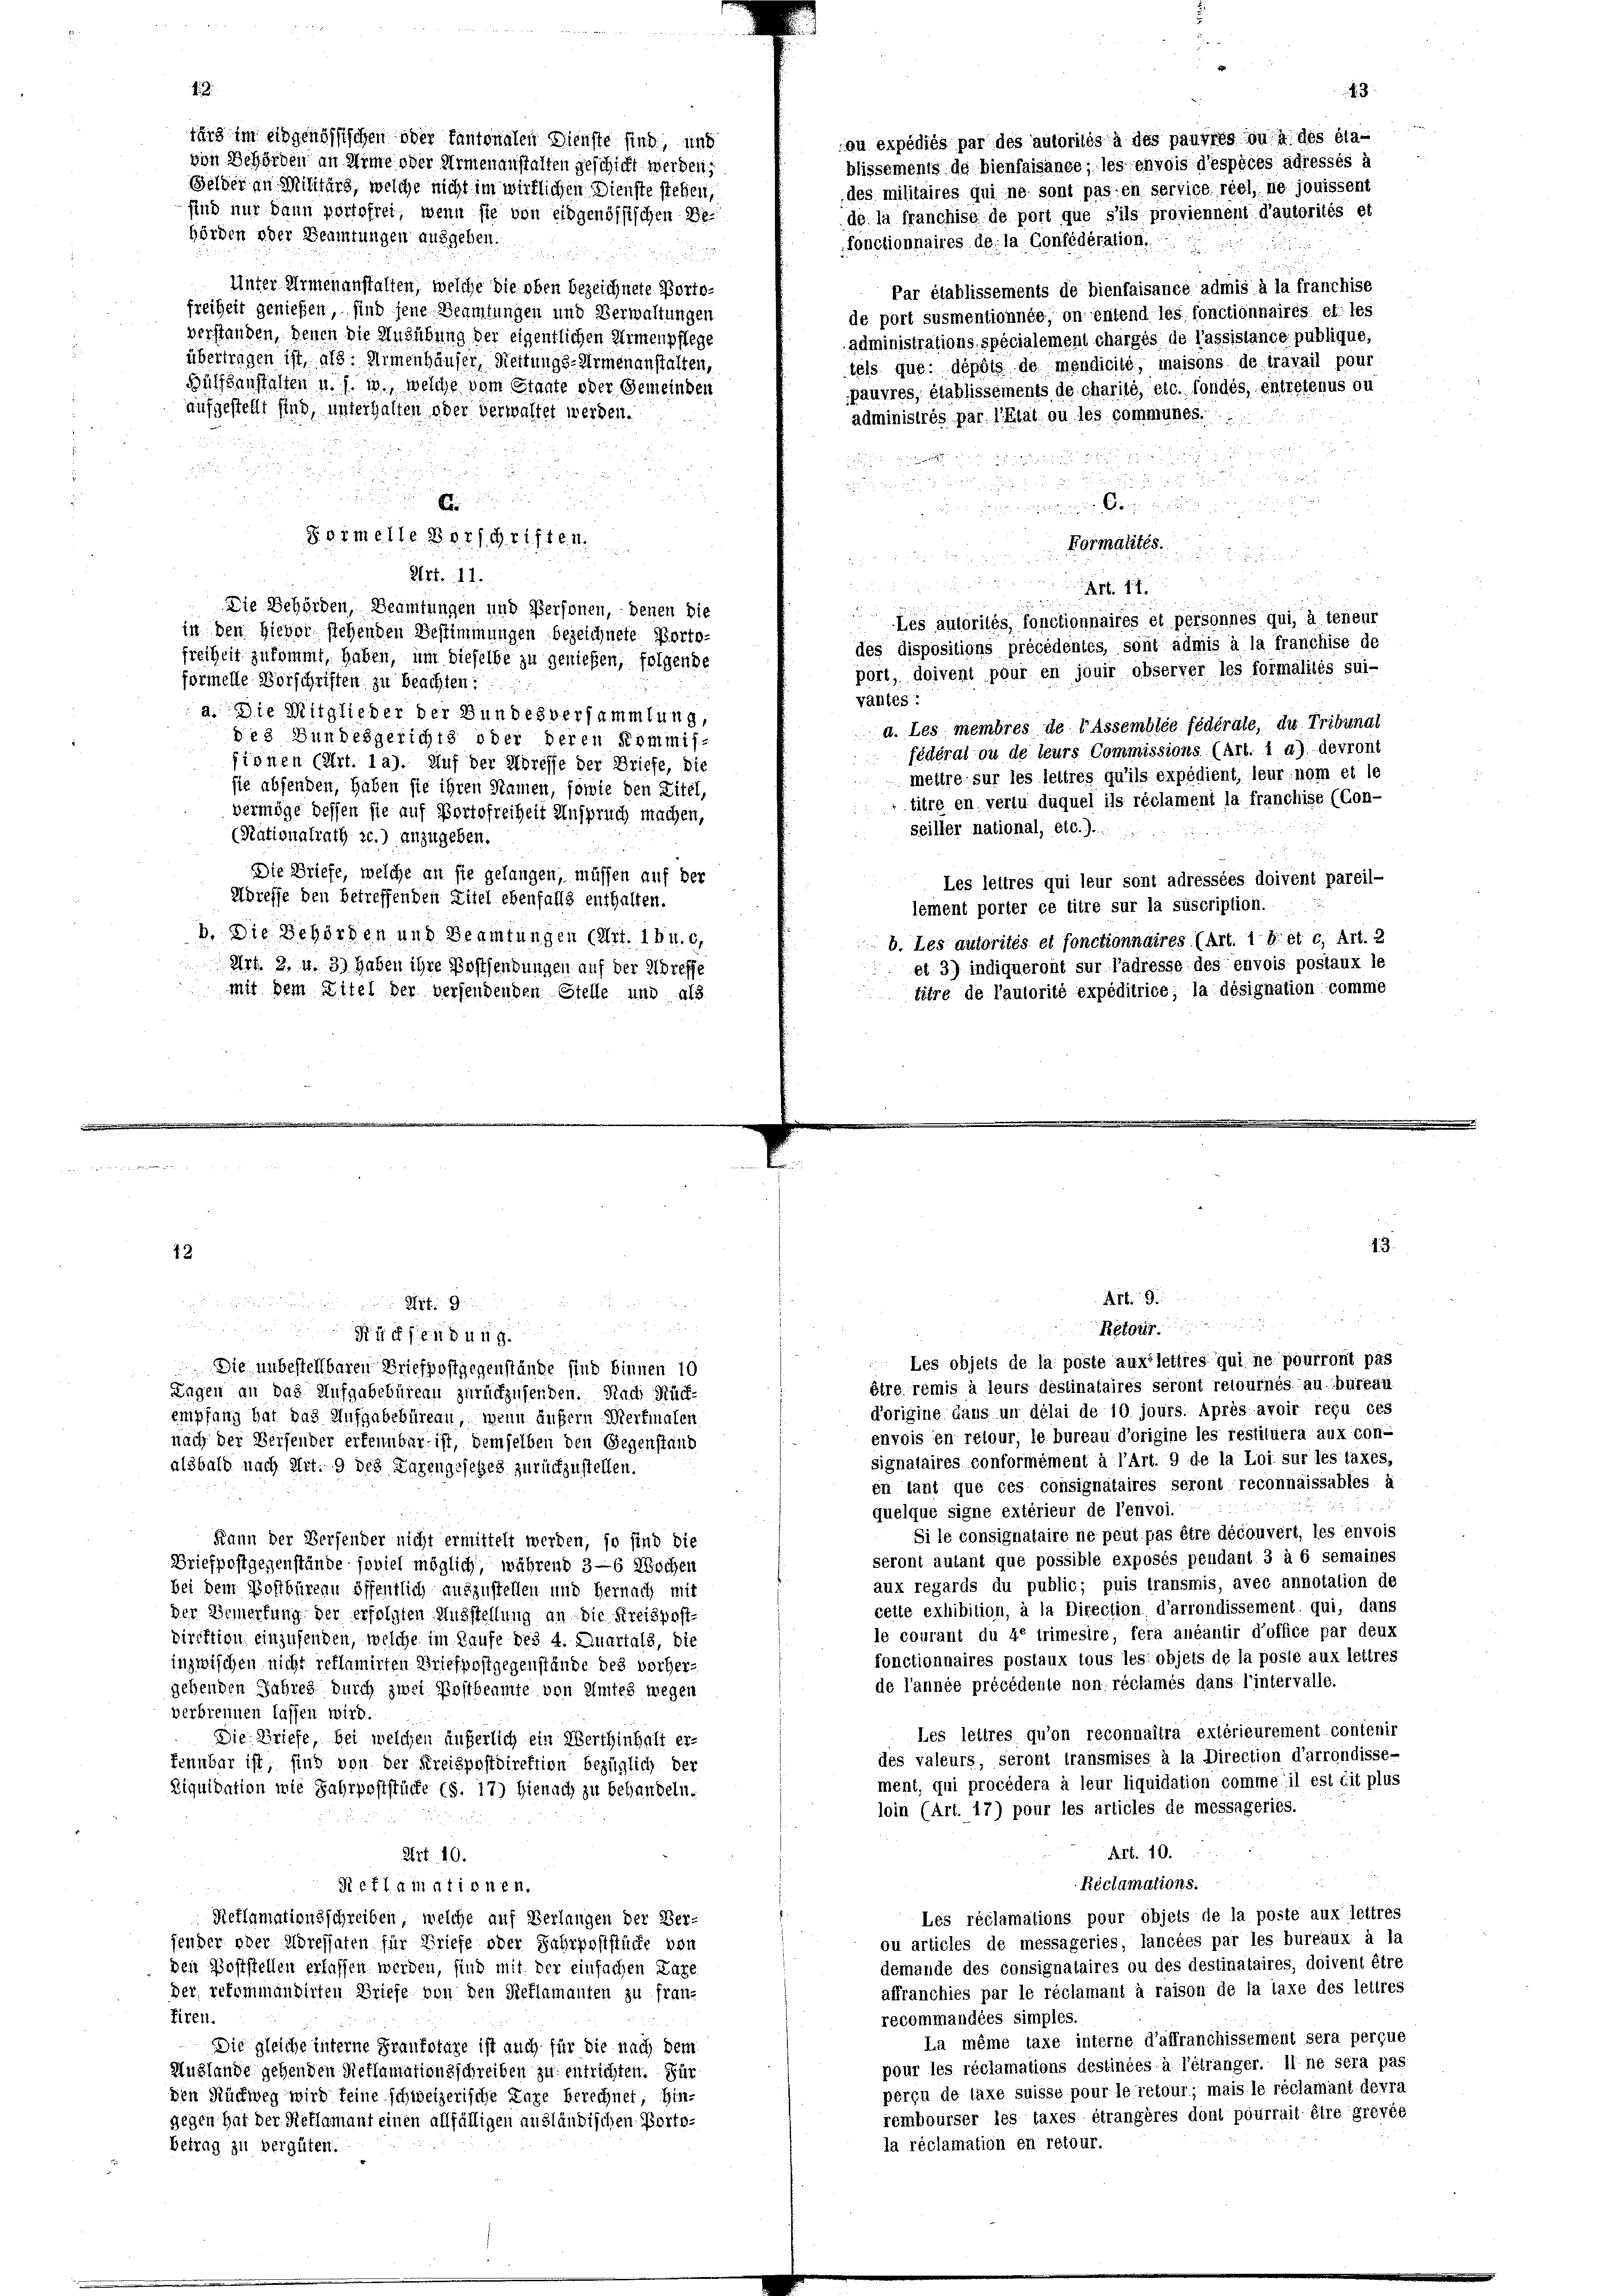
ou expédiés par des autorilés à des pauvrés ou à des éla-
von Behörden an Arme oder Armenanstalten geschickt werden;
blissements de bienfaisance; les chvois d’espèces adressés à
Gelder an Militärs, welche nicht im wirklichen Dienste stehen,
des militaires qui ne sont pas en service réel, le jouissent
sind nur dann portofrei, wenn sie von eidgenössischen Bede la franchise de port que s’ils proviennent d’autorités et
hörden oder Beamtungen ausgehen.
fonctionnaires de la Confidération.

Unter Armenanstalten, welche die oben bezeichnete Porto¬
Par établissements de bienfaisance admis à la franchise
freiheit genießen, sind jene Beamtungen und Verwaltungen
de port susmentionnée, on entend les fonctionnaires et les
verstanden, denen die Ausübung der eigentlichen Armenpflege
administrations spécialement charges de l’assistance publique,
übertragen ist, als: Armenhäuser, Rettungs-Armenanstalten,
tels que dépôts de mendicile, maisons de travail pour
Hülfsanstalten u. s. w., welche dem Staate oder Gemeinden
pauvres, établissements de charité, etc. fondes, entretenus ou
aufgestellt sind, unterhalfen oder verwaltet werden.
administrés par l’Etat ou les communes.

¬

 xx
Ei

  geschen sein eine
Sermelle Vorschriften.
Kormdites.
 x
Art. 11.
d
n
a
Art. 11.

Die Behörden, Beamtungen und Personen, denen die
.
Les autorités fonctionnaires et personnes qui, à teneur
in den Hievor stehenden Bestimmungen bezeichnete Porto-
des dispositions précédentes, sont admis à la franchise de
freiheit zukommt, haben, um dieselbe zu genießen, folgende
port, doivent pour en jouir observer les formalités sui-
formelle Vorschriften zu beachten:
vantes:
a. Die Mitglieder der Bundesversammtung,
a. Les membres de lassemblée fédérate, du Tribunal
des Bundesgerichts oder deren Kommis-
fédéral ou de leurs Commissions (Art. 1 a) devront
fionen (Art. 12). Auf der Adresse der Briefe, die
mettre sur les lettres qu’ils expédient, leur nom et le
sie abfenden, haben sie ihren Namen, sowie den Zitel,
titre en vertu duquel ils réclament la franchise (Con-
vermöge dessen sie auf Portofreiheit Anspruch machen,
seiller national, etc. J.
(Nationalrath zc.) anzugeben.
Die Briefe, welche an sie gelangen, müssen auf der
Les leitres qui leur sont adressées doivent pareil-
Adreffe den betreffenden Zitel ebenfalls enthalten.
lement porter ce titre sur la suscription.
b. Die Behörden und Beamtungen (Art. 16 u. c.
b. Les autorités et fonctionnaires (Art. 1 b. et c. Art. 2
et 3) indiqueront sur Padresse des envois postaux le
Art. 2. u. 3) Haben ihre Postsendungen auf der Adreffe
titre de l’autorité expéditrice; la désignation comme
mit dem Zitel der versendenden Stelle und als

für im eidgenössischen oder Cantonalen Dienste sind, und

12

J. Z

Codice der
u
1419.
Die unbestellbaren Briefpostgegenstände sind binnen 10
Tagen an das Aufgabebüreau zurückzusenden. Nach Rück-
empfang hat das Aufgabebüreau, wenn äußern Merkmalen
nach der Beifender erkennbar ist, demselben den Gegenstand
alsbald nach Art. 9 des Lazengeseßes zurückzustellen.
Kann der Versender nicht ermittelt werden, so sind die
Briefpostgegenstände soviel möglich, während 3—6 Wochen
bei dem Postbüreau öffentlich auszustellen und Hernach mit
der Bemerkung der erfolgten Ausstellung an die Kreispost-
Direktion einzusenden, welche im Laufe des 4. Quartals, die
inzwischen nicht reflamirten Briefpostgegenstände des vorher-
gehenden Jahres durch zwei Postbeamte von Amtes wegen
verbrennen lassen wird.
Die Briefe, bei welchen äußerlich ein Werthinhalt er-
kennbar ist, sind von der Kreispostdirektion bezüglich der
Diquidation wie Jahrpoststücke (S. 17) Hienach zu behandeln.

Art 10.
Reflamationen.
Reflamationsschreiben, welche auf Verlangen der Ver-
jender oder Adressaten für Briefe oder Fahrpoststücke von
den Poststellen erlassen werden, sind mit der einfachen Karo
der, refominandirten Briefe von den Reflamanten zu franz
tiren.
Die gleiche interne Fraukotare ist auch für die nach dem
Muslande gehenden Reflamationsschreiben zu entrichten. Für
den Rückweg wird feine schweizerische Lare berechnet; hin-
gegen hat der Reklamant einen allfälligen ausländischen Portobetrag zu vergüten.

Art. 9.

3

quelque signe extérieur de l’envoi.
Si le consignataire ne peut pas être découvert, les envois
seront autant que possible exposés pendant 3 à 6 semaines
aux regards du public; puis transmis, avec annotation de
cette exhibition, à la Direction d’arrondissement qui, dans
le courant du 40 trimesire, fera anéantir d’office par deux
fonctionnaires postaux lous les: objets de la poste aux lettres
de l’année précédente non réclamés dans l’intervalle.
Les lettres qu’on reconnaitra extérieurement contenir
des valeurs, seront transmises à la Direction d’arrondisse-
ment, qui procédera à leur liquidation comme il est cit plus
loin (Art. 17) pour les articles de messageries.
Art. 10.
Reclamations.
Les réclamations pour objets de la poste aux lettres
ou articles de messageries, lancées par les bureaux à la
demande des consignataires ou des destinataires, doivent être
affranchies par le réclamant à raison de la taxe des lettres
recommandées simples.
La même taxe interne d’affranchisstment sera perçue
pour les réclamations destinées à l’étranger. Il ne sera pas
perçu de läxe suisse pour le retour; mais le réclamant devra
rembourser les taxes étrangères dont pourrait être grevée
la réclamation en retour.

Retour
Les objets de la poste auxilettres qui ne pourront pas
être remis à leurs destinataires seront retournés au bureaul
d’origine dans un délai de 10 jours. Après avoir reçu ces
envois en retour, le bureau d’origine les restituera aux con-
signataires conformément à l’Art. 9 de la Loi sur les taxes,
in tant que ces consignataires seront reconnaissables à